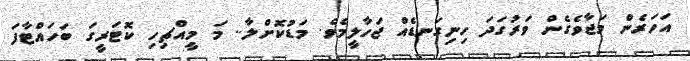
އަހަރެން މަޖާވެގެން ވަރުގަދަ ހިނިގަނޑެއް ޖަހާލީމެވެ. މަޑުކޮށްލާ.. މަ މީއްޗިހި ކޮޓަރީގަ ބަހައްޓާފަ